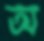
অ